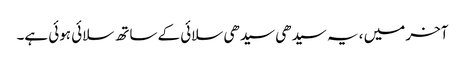
آخر میں ، یہ سیدھی سیدھی سلائی کے ساتھ سلائی ہوئی ہے۔